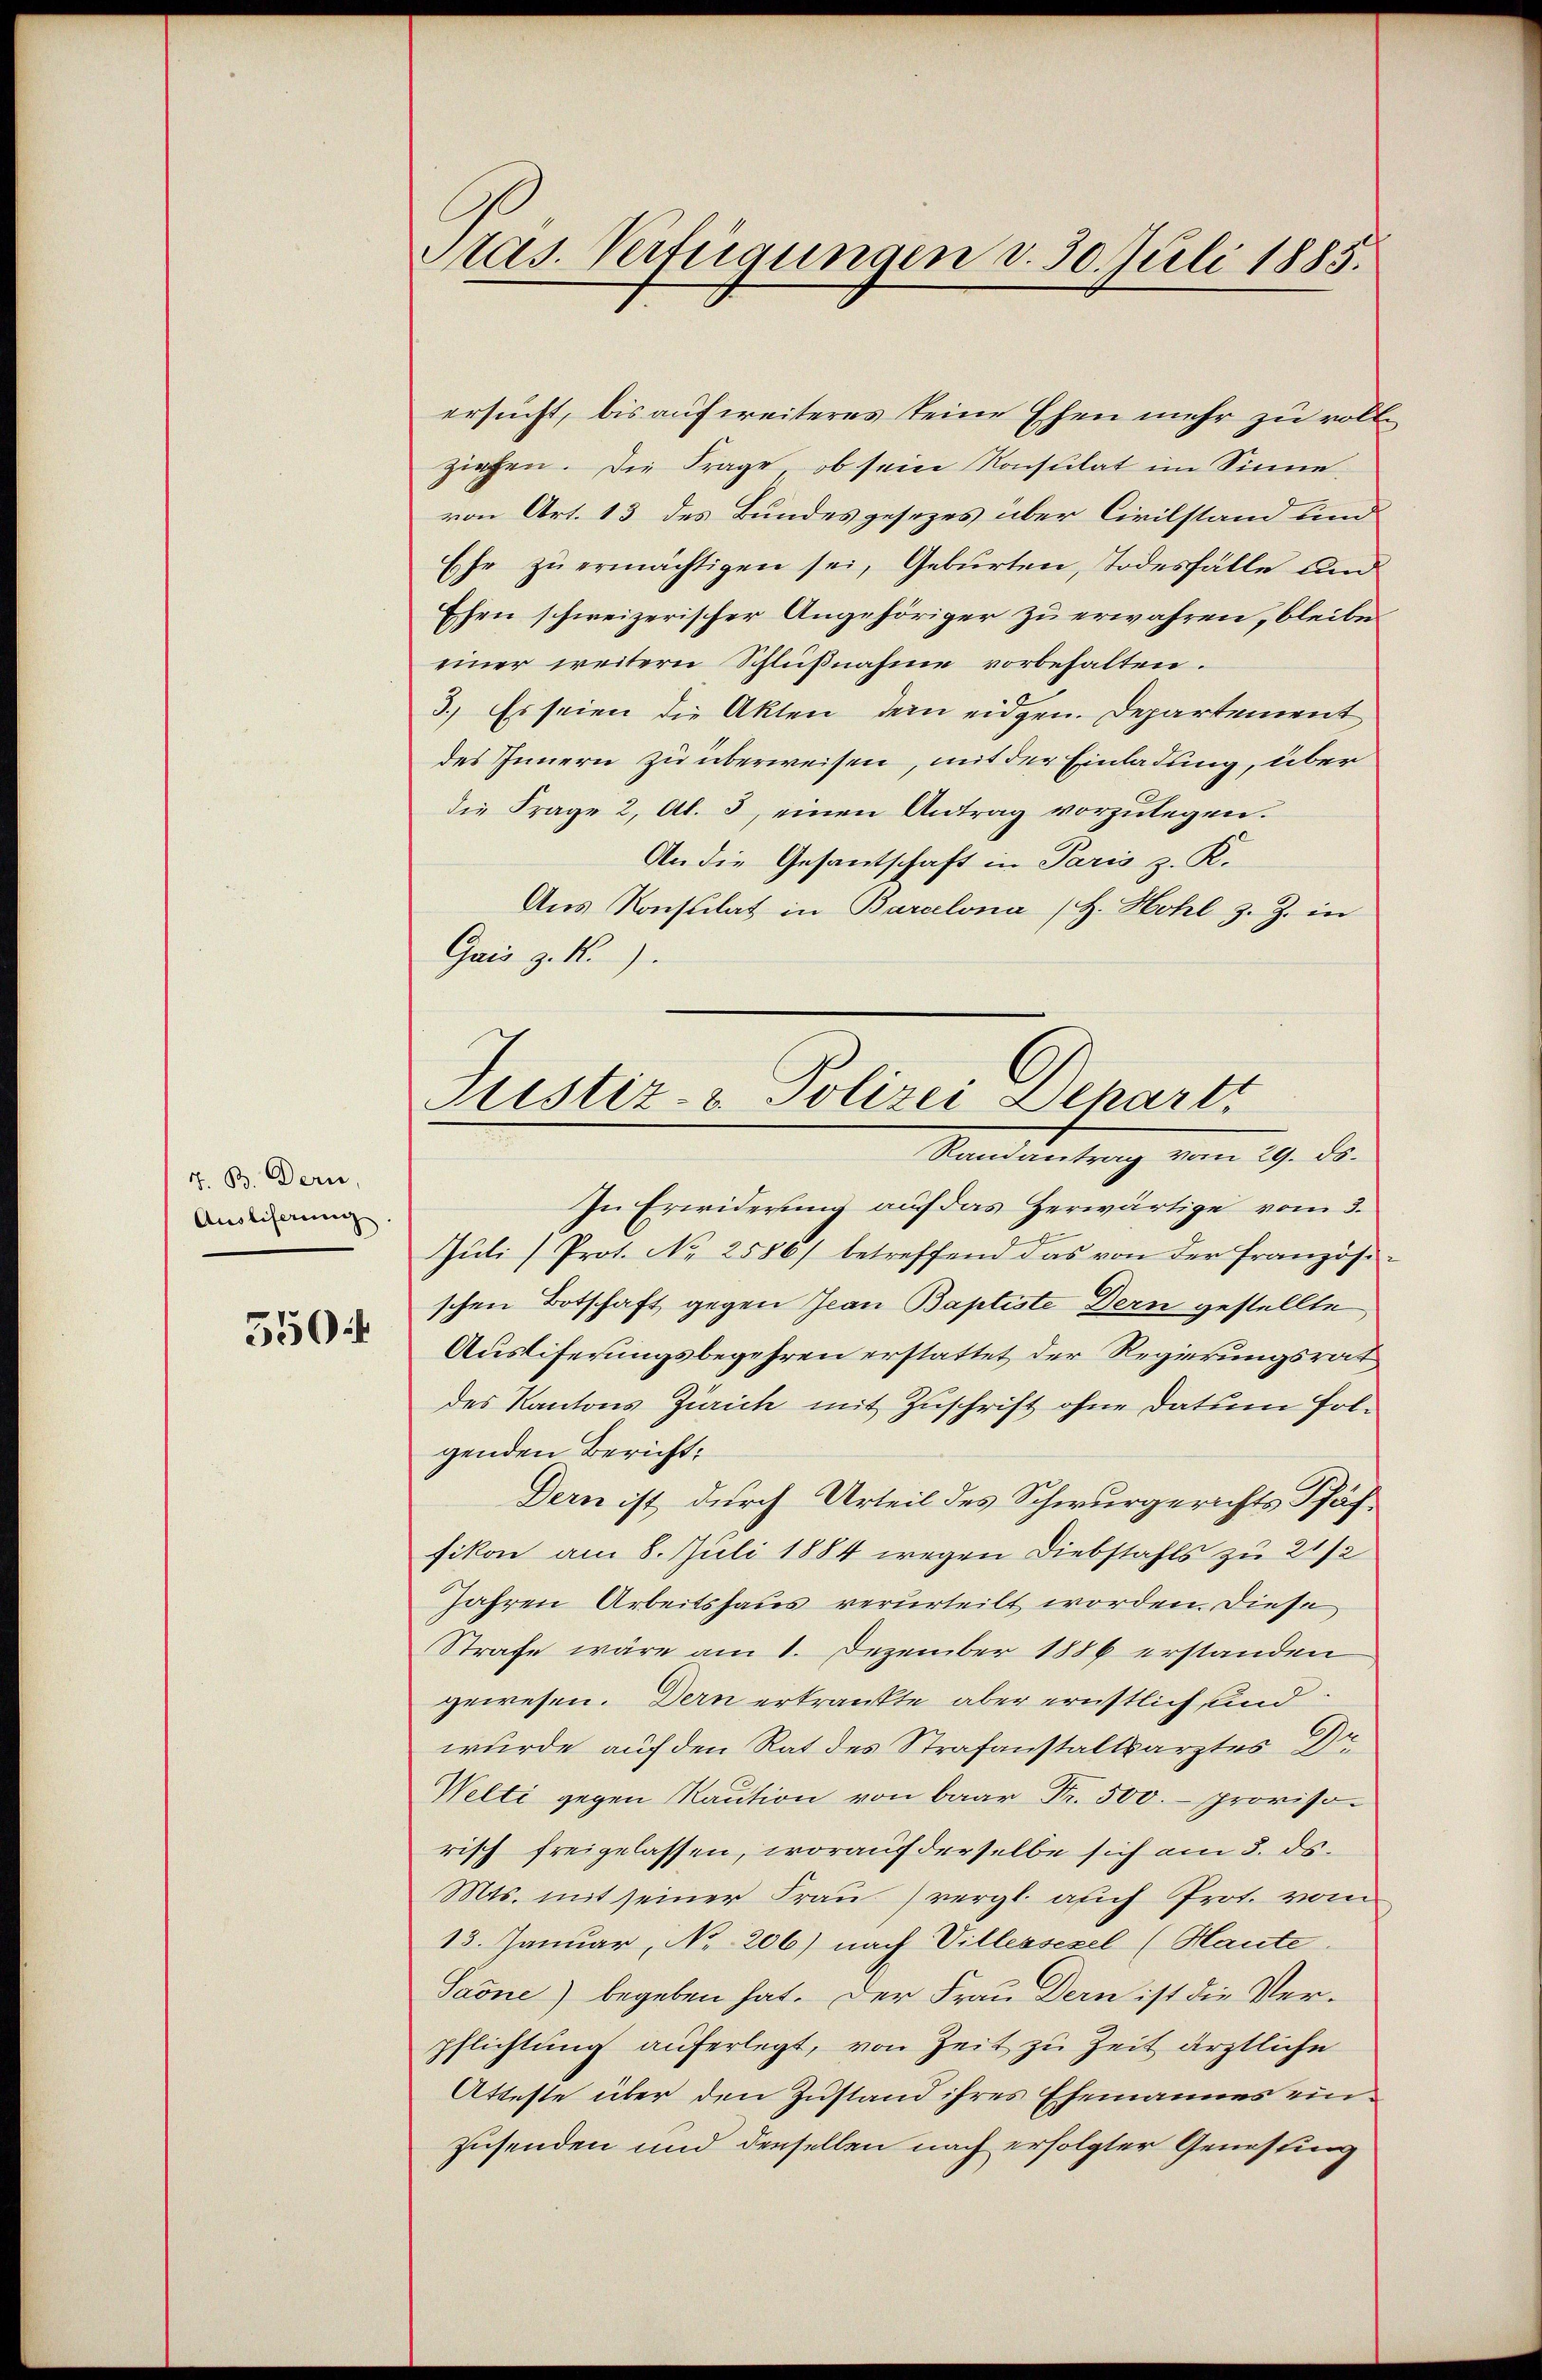
7. B. Dern,
Ausliserung
5504

Pas. Verfügungen v. 30. Juli 1885.

Justiz- & Polizei Depart
Randantrag vom 29. ds.

ersucht, bis auf weiteres keine Ehen mehr zu voll
ziehen. Die Frage, ob sein Konsulat im Sinne
von Art. 13 des Bundesgesezes über Civilstand und
Ehe zu ermächtigen sei, Geburten, Todesfälle und
Ehen schweizerischer Angehöriger zu erwahren, bleibe
einer weitern Schlŭβnahme vorbehalten.
3.) Es seien die Akten dem eidgen. Departement
des Innern zu überweisen, mit der Einladung, über
die Frage 2, Al. 3, einen Antrag vorzŭlegen.
An die Gesantschaft in Paris z. K.
Aus Konsulat in Baralona (H. Hohl z. Z. in
Gais z. R.)
In Erwiderung auf das Herwärtige vom 3.
Juli/Prot. No 2586/ betreffend das von der Französi-
schen Botschaft gegen Jean Baptiste Dern gestellte
Ausliferungsbegehren erstattet der Regierungsrat
des Kantons Zürich mit Zuschrift ohne Datum folgenden Bericht,
Dern ist durch Urteil des Schwurgerichts Schäffikon am 8. Juli 1884 wegen Diebstahls zu 2 1/2
Jahren Arbeitshaus verurteilt worden. Diese
Strafe wäre am 1. Dezember 1886 erstanden
gewesen. Dern erkrankte aber ernstlich und
wurde auf den Rat des Strafanstaltsarztes Dr
Welti gegen Kaution von baar Fr. 500.- provisorisch freigelassen, worauf derselbe sich am 3. ds.
Mts. mit seiner Frau) vergl. auch Prot. vom
13. Januar, No. 206) nach Villessezel (Haute.
Saone) begeben hat. Der Frau Dern ist die Verpflichtung auferlegt, von Zeit zu Zeit ärztliche
Atteste über den Zustand ihres Ehemannes einzusenden und denselben nach erfolgter Genessing